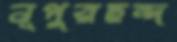
নূপুরছন্দ